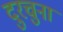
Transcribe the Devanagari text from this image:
दुरचुना